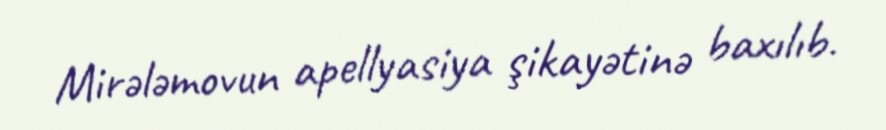
Mirələmovun apellyasiya şikayətinə baxılıb.